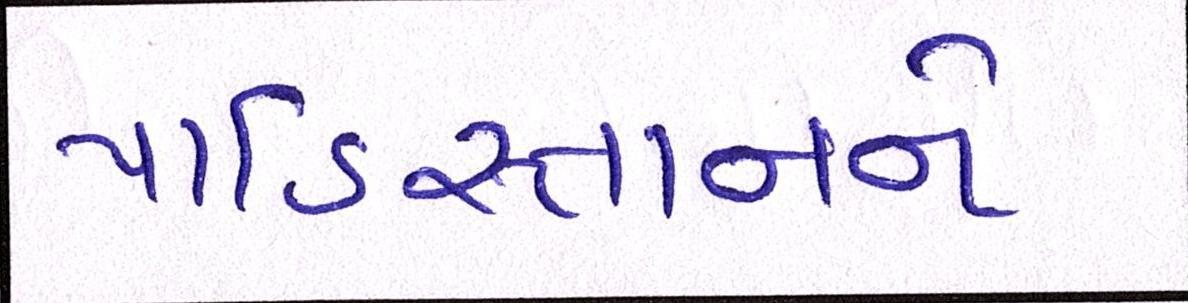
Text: પાકિસ્તાનને